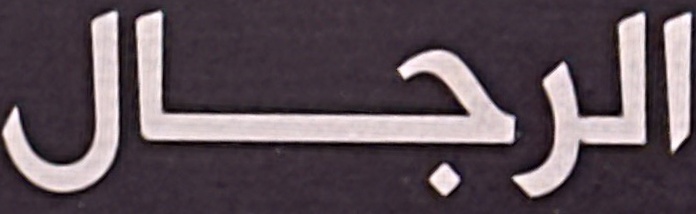
الرجال